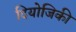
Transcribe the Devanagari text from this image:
दियोजिकी